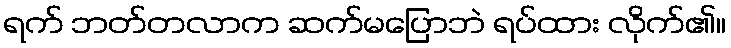
ရက် ဘတ်တလာက ဆက်မပြောဘဲ ရပ်ထား လိုက်၏။